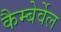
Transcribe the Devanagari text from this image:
कैम्बेर्वेल